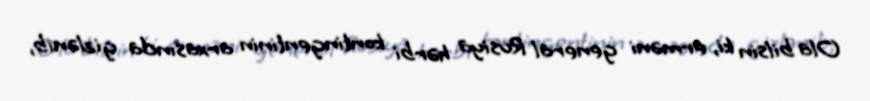
Ola bilsin ki, erməni general Rusiya hərbi kontingentinin arxasında gizlənib,